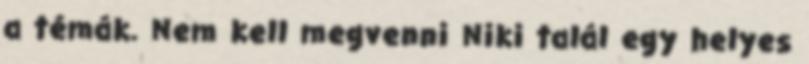
a témák. Nem kell megvenni Niki talál egy helyes